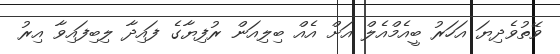
ވޭތުވެދިޔަ އަހަރު ބީއެމްއެލް އަށް އެއް ބިލިއަން ރުފިޔާގެ ފައިދާ ލިބިފައިވާ އިރު